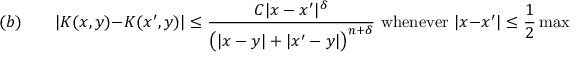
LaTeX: ( b ) \qquad | K ( x , y ) - K ( x ^ { \prime } , y ) | \leq { \frac { C | x - x ^ { \prime } | ^ { \delta } } { { \bigl ( } | x - y | + | x ^ { \prime } - y | { \bigr ) } ^ { n + \delta } } } { \mathrm { ~ w h e n e v e r ~ } } | x - x ^ { \prime } | \leq { \frac { 1 } { 2 } } \operatorname* { m a x } { \bigl ( } | x - y | , | x ^ { \prime } - y | { \bigr ) }